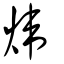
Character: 煒